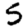
Digit: 5